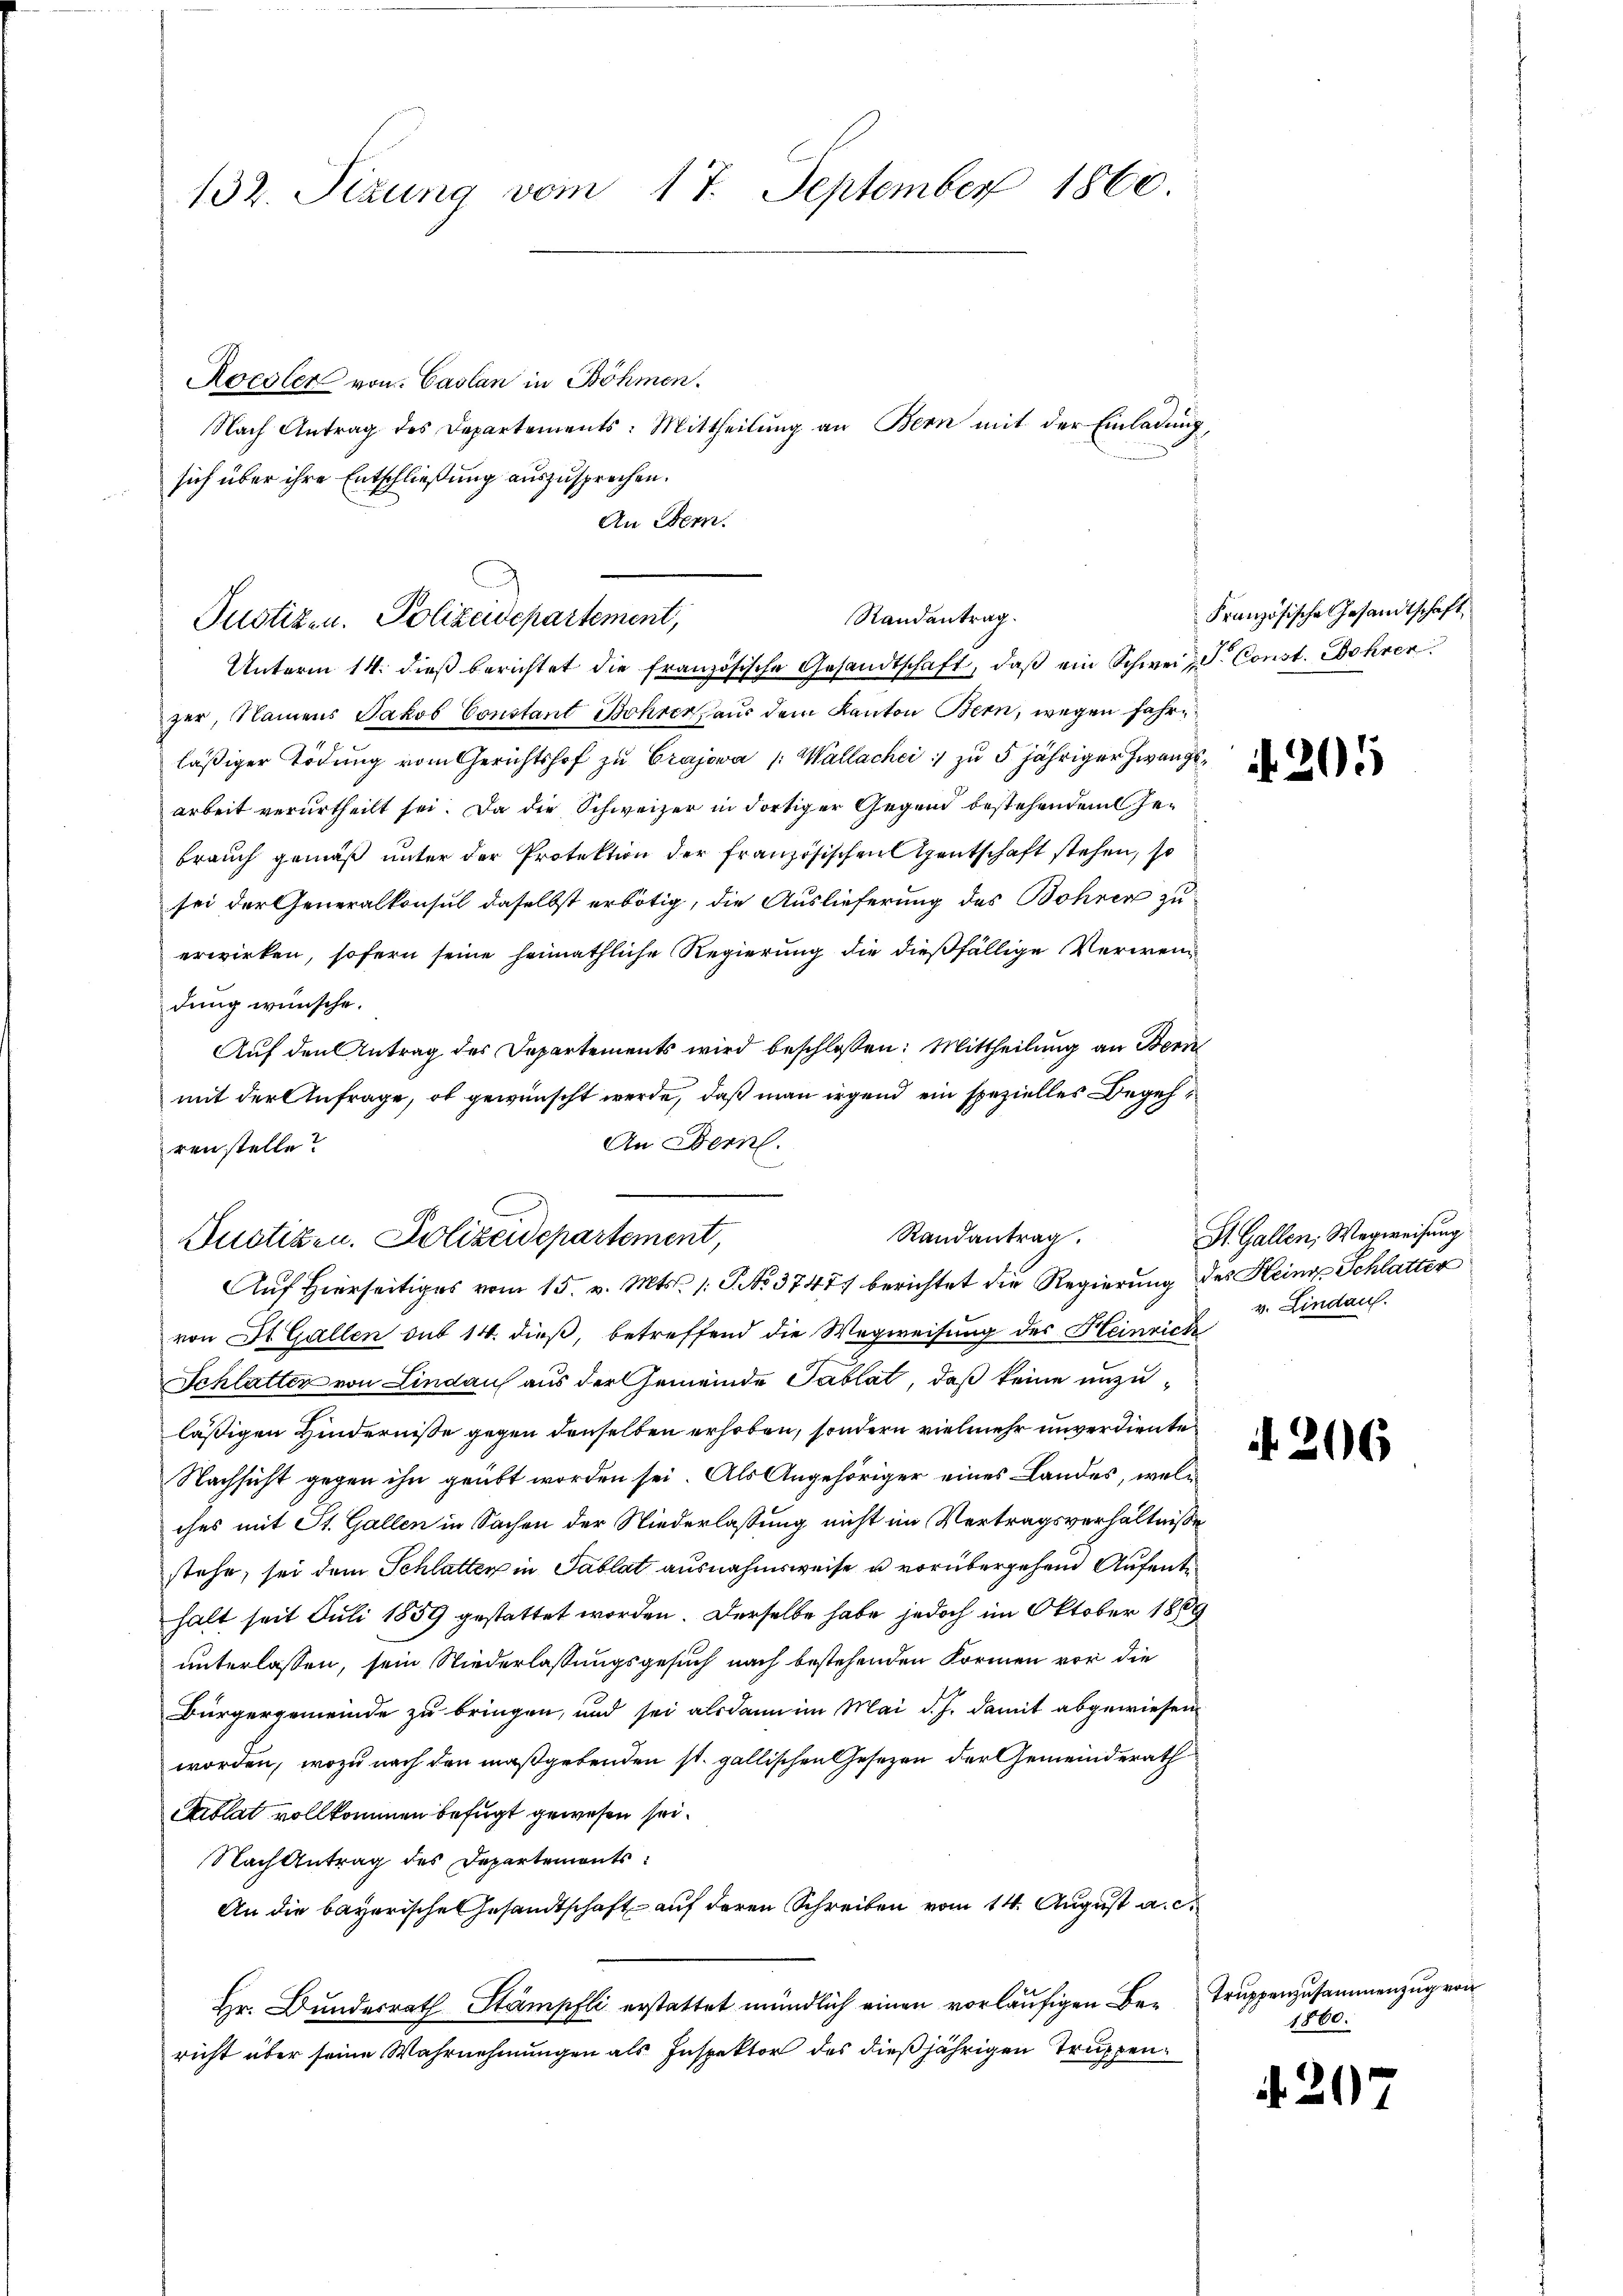
132. Sizung vom 17. September 1860.
Roedler von Caslan in Böhmen.
Nach Antrag des Departements: Mittheilung an Bern mit der Einladung,
sich über ihre Entschließung auszusprechen.
An Gem

zer, Namens Jakob Constant Bohrer aus dem Kanton Bern, wegen fahre
läßiger Tödung vom Gerichtshof zu Crajowa /: Wallachci :/ zu 5 jähriger Zwangsarbeit verurtheilt sei. Da die Schweizer in dortiger Gegend bestehenden Gebrauch gemäß unter der Protektion der französischen Agentschaft stehen, so
sei der Generalkonsul daselbst erbötig, die Auslieferung des Bohren zuerwirken, sofern seine heimathliche Regierung die dießfällige Verwendung wünsche.
Auf den Antrag des Departements wird beschlossen: Mittheilung an Bern
mit der Anfrage, ob gewünscht werde, daß man irgend ein spezielles Begeh¬
An Bern.
renstelle?

Randantrag.
Justizen. Polizeidepartement,
Unterm 14. dieβ berichtet die französische Gesandtschaft, daβ ein Schweiz S. Const. Bohrer

Randantrag.
Justizen. Polizeidepartement,
Auf hierseitiges vom 15. v. Mts. /: P. No. 37477 berichtet die Regierung des Heings Schlatter

von St. Gallen sub 14. dieß, betreffend die Wegweisung des Heinrich
Schlatter von Lindau aus der Gemeinde Tablat, daß keine unzuläßigen Hindernisse gegen denselben erhoben, sondern vielmehr unverdiente
Nachsicht gegen ihn geübt worden sei. Als Angehöriger eines Landes, welches mit St. Gallen in Sachen der Niederlassung nicht im Vertragsverhältnisse
stehe, sei dem Schlatter in Tablat ausnahmsweise u vorübergehend Aufent
halt seit Juli 1859 gestattet worden. Derselbe habe jedoch im Oktober 1809
unterlassen, sein Niederlassungsgesuch nach bestehenden Formen vor die
Bürgergemeinde zu bringen, und sei alsdann im Mai d. J. damit abgewiesen
worden, wozu nach den maßgebenden st. gallischen Gesezen der Gemeinderath
Ciblat vollkommen befugt gewesen sei.
Nach Antrag des Departements
An die bayerische Gesandtschaft auf deren Schreiben vom 14. August a.c.
Hr. Bundesrath Stämpfli erstattet mündlich einen vorläufigen Be-Truppenzusammenzug von
richt über seine Wahrnehmungen als Inspektor des dießjährigen Truppen¬

Französische Gesandtschaft,

205

St. Gallen, Wegweisung
v. Lindau.

206

1860.

. 217